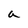
Character: a